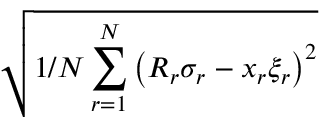
\sqrt { 1 / N \sum _ { r = 1 } ^ { N } \left( R _ { r } \sigma _ { r } - x _ { r } \xi _ { r } \right) ^ { 2 } }